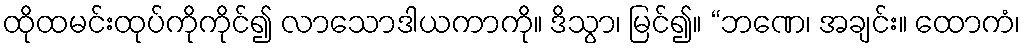
ထိုထမင်းထုပ်ကိုကိုင်၍ လာသောဒါယကာကို။ ဒိသွာ၊ မြင်၍။ “ဘဏေ၊ အချင်း။ ထောကံ၊